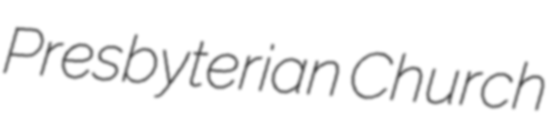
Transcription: Presbyterian Church